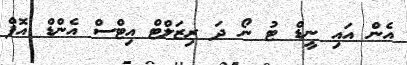
އެން އައި ނީޑް ޓު ނޯ ދަ ރިޒަލްޓް އިޓްސް އެންޑް އޮފް